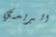
البريدي